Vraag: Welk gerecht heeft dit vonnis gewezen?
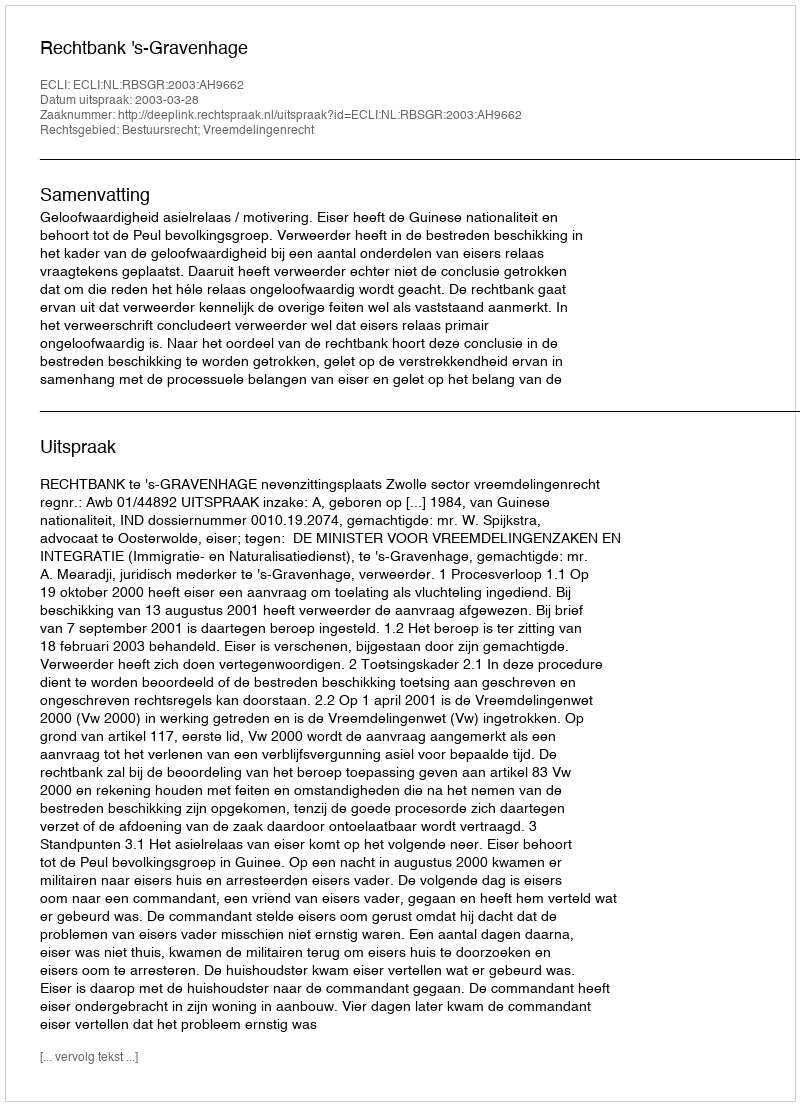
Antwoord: Rechtbank 's-Gravenhage